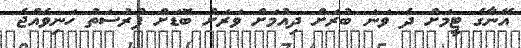
އޭނާގެ ޓީމަށް ދެ ވަނަ ބުރަށް ދިއުމަށް ވަރަށް ބޮޑަށް ފުރުސަތު ހަނިވެއްޖެ